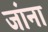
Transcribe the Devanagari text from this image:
जांना